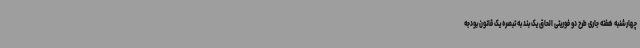
چهارشنبه هفته جاری طرح دو فوریتی الحاق یک بند به تبصره یک قانون بودجه